Insane asylums in Bengal annual reports 1876-1887 - 1876-1887
Year: 1876
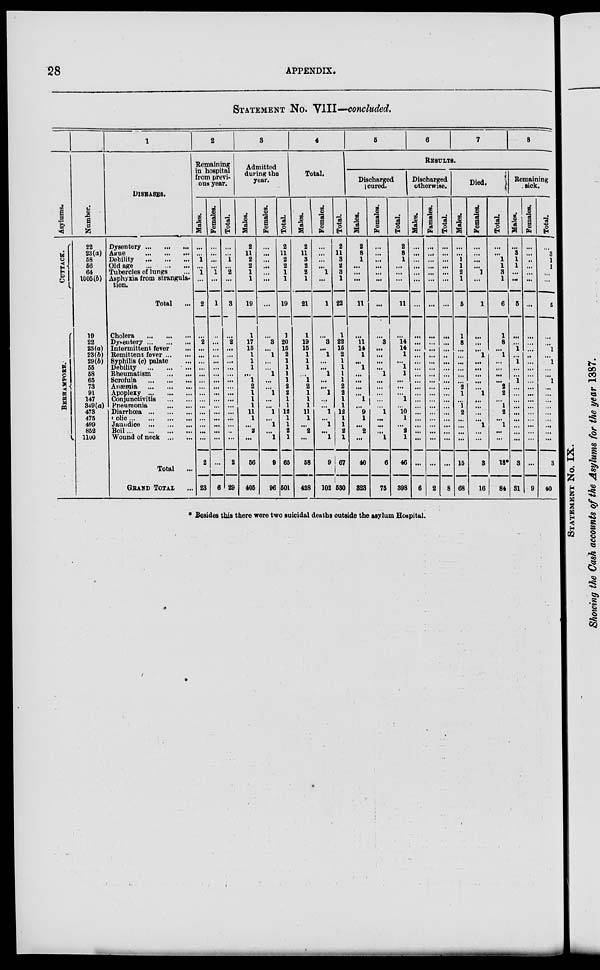
28
APPENDIX.
STATEMENT No. VIII—concluded.
Asylums.
CUTTACK.
BERHAMPORE.
Number.
22
23(a)
58
56
64
1005(b)
19
22
23(a)
23(b)
29(b)
55
58
65
73
91
147
349(a)
473
475
499
852
1100
1
DISEASES.
Dysentery ... ... ...
Ague
...
...
...
Debility
...
...
...
Old age
...
...
...
Tubercles of lungs ...
Asphyxia from strangula-
tion.
Total ...
Cholera
...
...
...
Dysentery ... ... ...
Intermittent fever ...
Remittent fever... ...
Syphilis (c) palate ...
Debility
...
...
...
Rheumatism
...
...
Scrofula
...
...
...
Anæmia
...
...
...
Apoplexy ... ... ...
Conjunctivitis
...
...
Pneumonia
...
...
Diarrhœa ... ... ...
Colio ... ... ... ...
Jaundice ... ... ...
Boil ... ... ... ...
Wound of neck ... ...
Total ...
GRAND TOTAL ...
2
Remaining
in hospital
from previ-
ous year.
Males.
...
...
1
...
1
...
2
...
2
...
...
...
...
...
...
...
...
...
...
...
...
...
...
...
2
23
Females.
...
...
...
...
1
...
1
...
...
...
...
...
...
...
...
...
...
...
...
...
...
...
...
...
...
6
Total.
...
...
1
...
2
...
3
...
2
...
...
...
...
...
...
...
...
...
...
...
...
...
...
...
2
29
3
Admitted
during the
year.
Males.
2
11
2
2
1
1
19
1
17
15
1
1
1
...
1
2
1
1
1
11
1
...
2
...
56
405
Females.
...
...
...
...
...
...
...
...
3
...
1
...
...
1
...
...
1
...
...
1
...
1
...
1
9
96
Total.
2
11
2
2
1
1
19
1
20
15
2
1
1
1
1
2
2
1
1
12
1
1
2
1
65
501
4
Total.
Males.
2
11
3
2
2
1
21
1
19
15
1
1
1
...
1
2
1
1
1
11
1
...
2
...
58
428
Females.
...
...
...
...
1
...
1
...
3
...
1
...
...
1
...
...
1
...
...
1
...
1
...
1
9
102
Total.
2
11
3
2
3
1
22
...
22
15
2
...
...
1
...
2
2
1
1
12
1
1
2
1
67
580
5
6
7
8
RESULTS.
Discharged
cured.
Males.
2
8
1
...
...
...
11
...
11
14
1
...
1
...
...
...
...
1
...
9
1
...
2
...
40
323
Females.
...
...
...
...
...
...
...
...
3
...
...
...
...
1
...
...
...
...
...
1
...
...
...
1
6
75
Total.
2
8
1
...
...
...
11
...
14
14
1
...
1
1
...
...
...
1
...
10
1
...
2
1
46
398
Discharged
otherwise.
Males.
...
...
...
...
...
...
...
...
...
...
...
...
...
...
...
...
...
...
...
...
...
...
...
...
...
6
Females.
...
...
...
...
...
...
...
...
...
...
...
...
...
...
...
...
...
...
...
...
...
...
...
...
...
2
Total.
...
...
...
...
...
...
...
...
...
...
...
...
...
...
...
...
...
...
...
...
...
...
...
...
...
8
Died.
Males.
...
...
1
1
2
1
5
1
8
...
...
...
...
...
...
2
1
...
1
2
...
...
...
...
15
68
Females.
...
...
...
...
1
...
1
...
...
...
1
...
...
...
...
...
1
...
...
...
...
1
...
...
3
16
Total.
...
...
1
1
3
1
6
1
8
...
1
...
...
...
...
2
2
...
1
2
...
1
...
...
18*
84
Remaining
sick.
Males.
...
3
1
1
...
...
5
...
...
1
...
1
...
...
1
...
...
...
...
...
...
...
...
...
3
31
Females.
...
...
...
...
...
...
...
...
...
...
...
...
...
...
...
...
...
...
...
...
...
...
...
...
...
9
Total.
...
3
1
1
...
...
5
...
...
1
...
1
...
...
1
...
...
...
...
...
...
...
...
...
3
40
* Besides this there were two suicidal deaths outside the asylum Hospital.